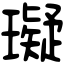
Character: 𤪦